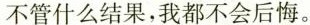
不管什么结果，我都不会后悔。